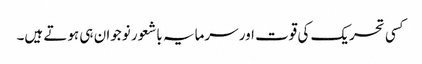
کسی تحریک کی قوت اور سرمایہ باشعور نوجوان ہی ہوتے ہیں۔